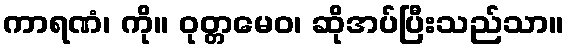
ကာရဏံ၊ ကို။ ဝုတ္တမေဝ၊ ဆိုအပ်ပြီးသည်သာ။